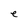
Character: e